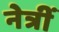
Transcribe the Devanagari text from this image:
नेत्रीं